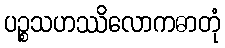
ပဉ္စသဟဿိလောကဓာတုံ